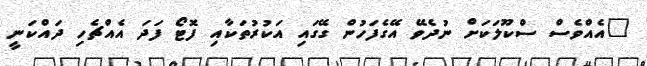
"އެއްވެސް ސްކޫލަކަށް ނުދެވޭ އޭގެފަހުން ގޭގައި އަކުރުތަކާއި ފޮޓޯ ފަދަ އެއްޗެހި ދައްކަނީ